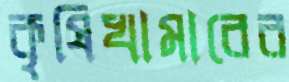
কৃষিখামারের